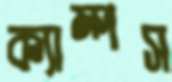
ক্যাম্পস